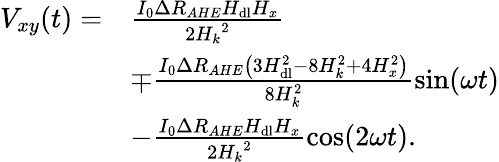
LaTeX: \begin{array}{rl}{V_{xy}(t)=}&{\frac{I_{0}\Delta R_{AHE}H_{\mathrm{dl}}H_{x}}{2{H_{k}}^{2}}}\\ &{\mp\frac{I_{0}\Delta R_{AHE}\left(3H_{\mathrm{dl}}^{2}-8H_{k}^{2}+4H_{x}^{2}\right)}{8H_{k}^{2}}\sin(\omega t)}\\ &{-\frac{I_{0}\Delta R_{AHE}H_{\mathrm{dl}}H_{x}}{2{H_{k}}^{2}}\cos(2\omega t).}\end{array}